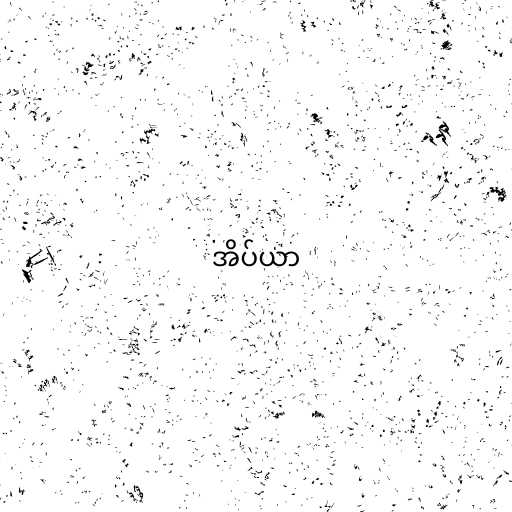
အိပ်ယာ